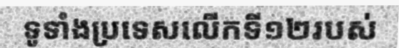
ទូទាំងប្រទេសលើកទី១២របស់